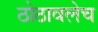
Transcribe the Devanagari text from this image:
ठोठावलेच